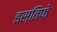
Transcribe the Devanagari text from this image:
इस्तिफे